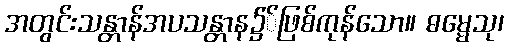
အတွင်းသန္တာန်အပသန္တာန၌်ဖြစ်ကုန်သော။ ဓမ္မေသု၊